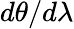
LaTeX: d\theta/d\lambda